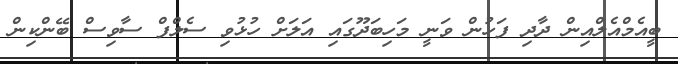
ބީއެމްއެލްއިން ދާދި ފަހުން ވަނީ މަހިބަދޫގައި އަލަށް ހުޅުވި ސެލްފް ސާވިސް ބޭންކިން